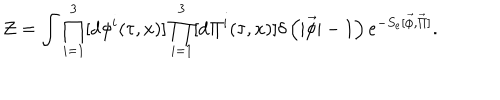
LaTeX: { \cal Z } = \int \prod _ { i = 1 } ^ { 3 } [ \mathrm { d } { \phi } ^ { i } ( \tau , x ) ] \prod _ { i = 1 } ^ { 3 } [ \mathrm { d } { \Pi } ^ { i } ( \tau , x ) ] \delta \left( | \vec { \phi } | - 1 \right) e ^ { - S _ { e } [ \vec { \phi } , \vec { \Pi } ] } .